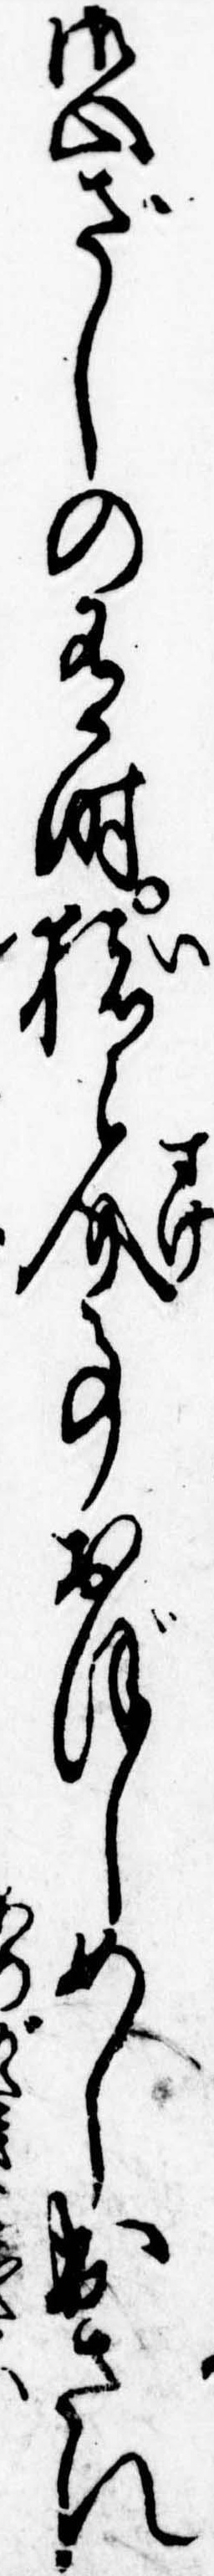
御心ざしの有時猪之介事おぼしめし出され